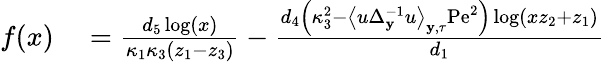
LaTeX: \begin{array}{rl}{f(x)}&{{}=\frac{d_{5}\log(x)}{\kappa_{1}\kappa_{3}\left(z_{1}-z_{3}\right)}-\frac{d_{4}\left(\kappa_{3}^{2}-\left\langle u\Delta_{\mathbf{y}}^{-1}u\right\rangle_{\mathbf{y},\tau}\mathrm{Pe}^{2}\right)\log\left(xz_{2}+z_{1}\right)}{d_{1}}}\end{array}